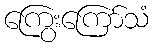
ကြွေးကြော်သံ